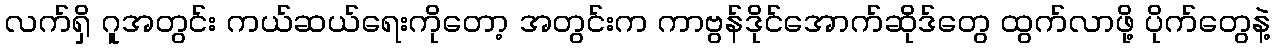
လက်ရှိ ဂူအတွင်း ကယ်ဆယ်ရေးကိုတော့ အတွင်းက ကာဗွန်ဒိုင်အောက်ဆိုဒ်တွေ ထွက်လာဖို့ ပိုက်တွေနဲ့